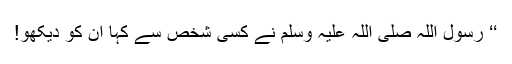
‘‘ رسول اللہ صلی اللہ علیہ وسلم نے کسی شخص سے کہا ان کو دیکھو!